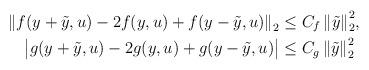
LaTeX: \begin{align*}\begin{aligned}{\|f(y+\tilde y,u)-2f(y,u)+f(y-\tilde y,u)\|}_2&\le C_f\,{\|\tilde y\|}^2_2,\\\big|g(y+\tilde y,u)-2g(y,u)+g(y-\tilde y,u)\big|&\le C_g\,{\|\tilde y\|}^2_2\end{aligned}\end{align*}